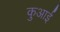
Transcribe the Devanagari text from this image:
कुआई